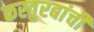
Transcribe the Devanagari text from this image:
कस्तुरबांची